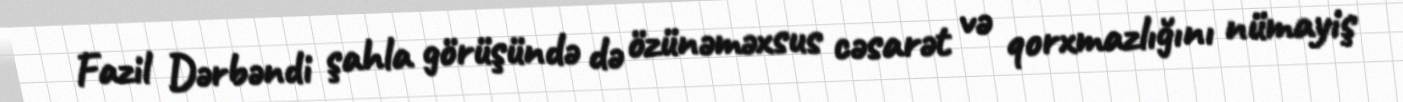
Fazil Dərbəndi şahla görüşündə də özünəməxsus cəsarət və qorxmazlığını nümayiş